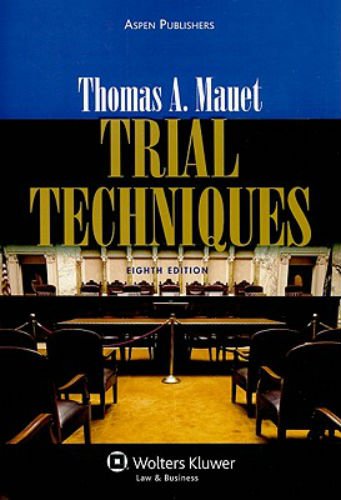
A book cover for Trial Techniques 8e; Thomas A. Mauet; Law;